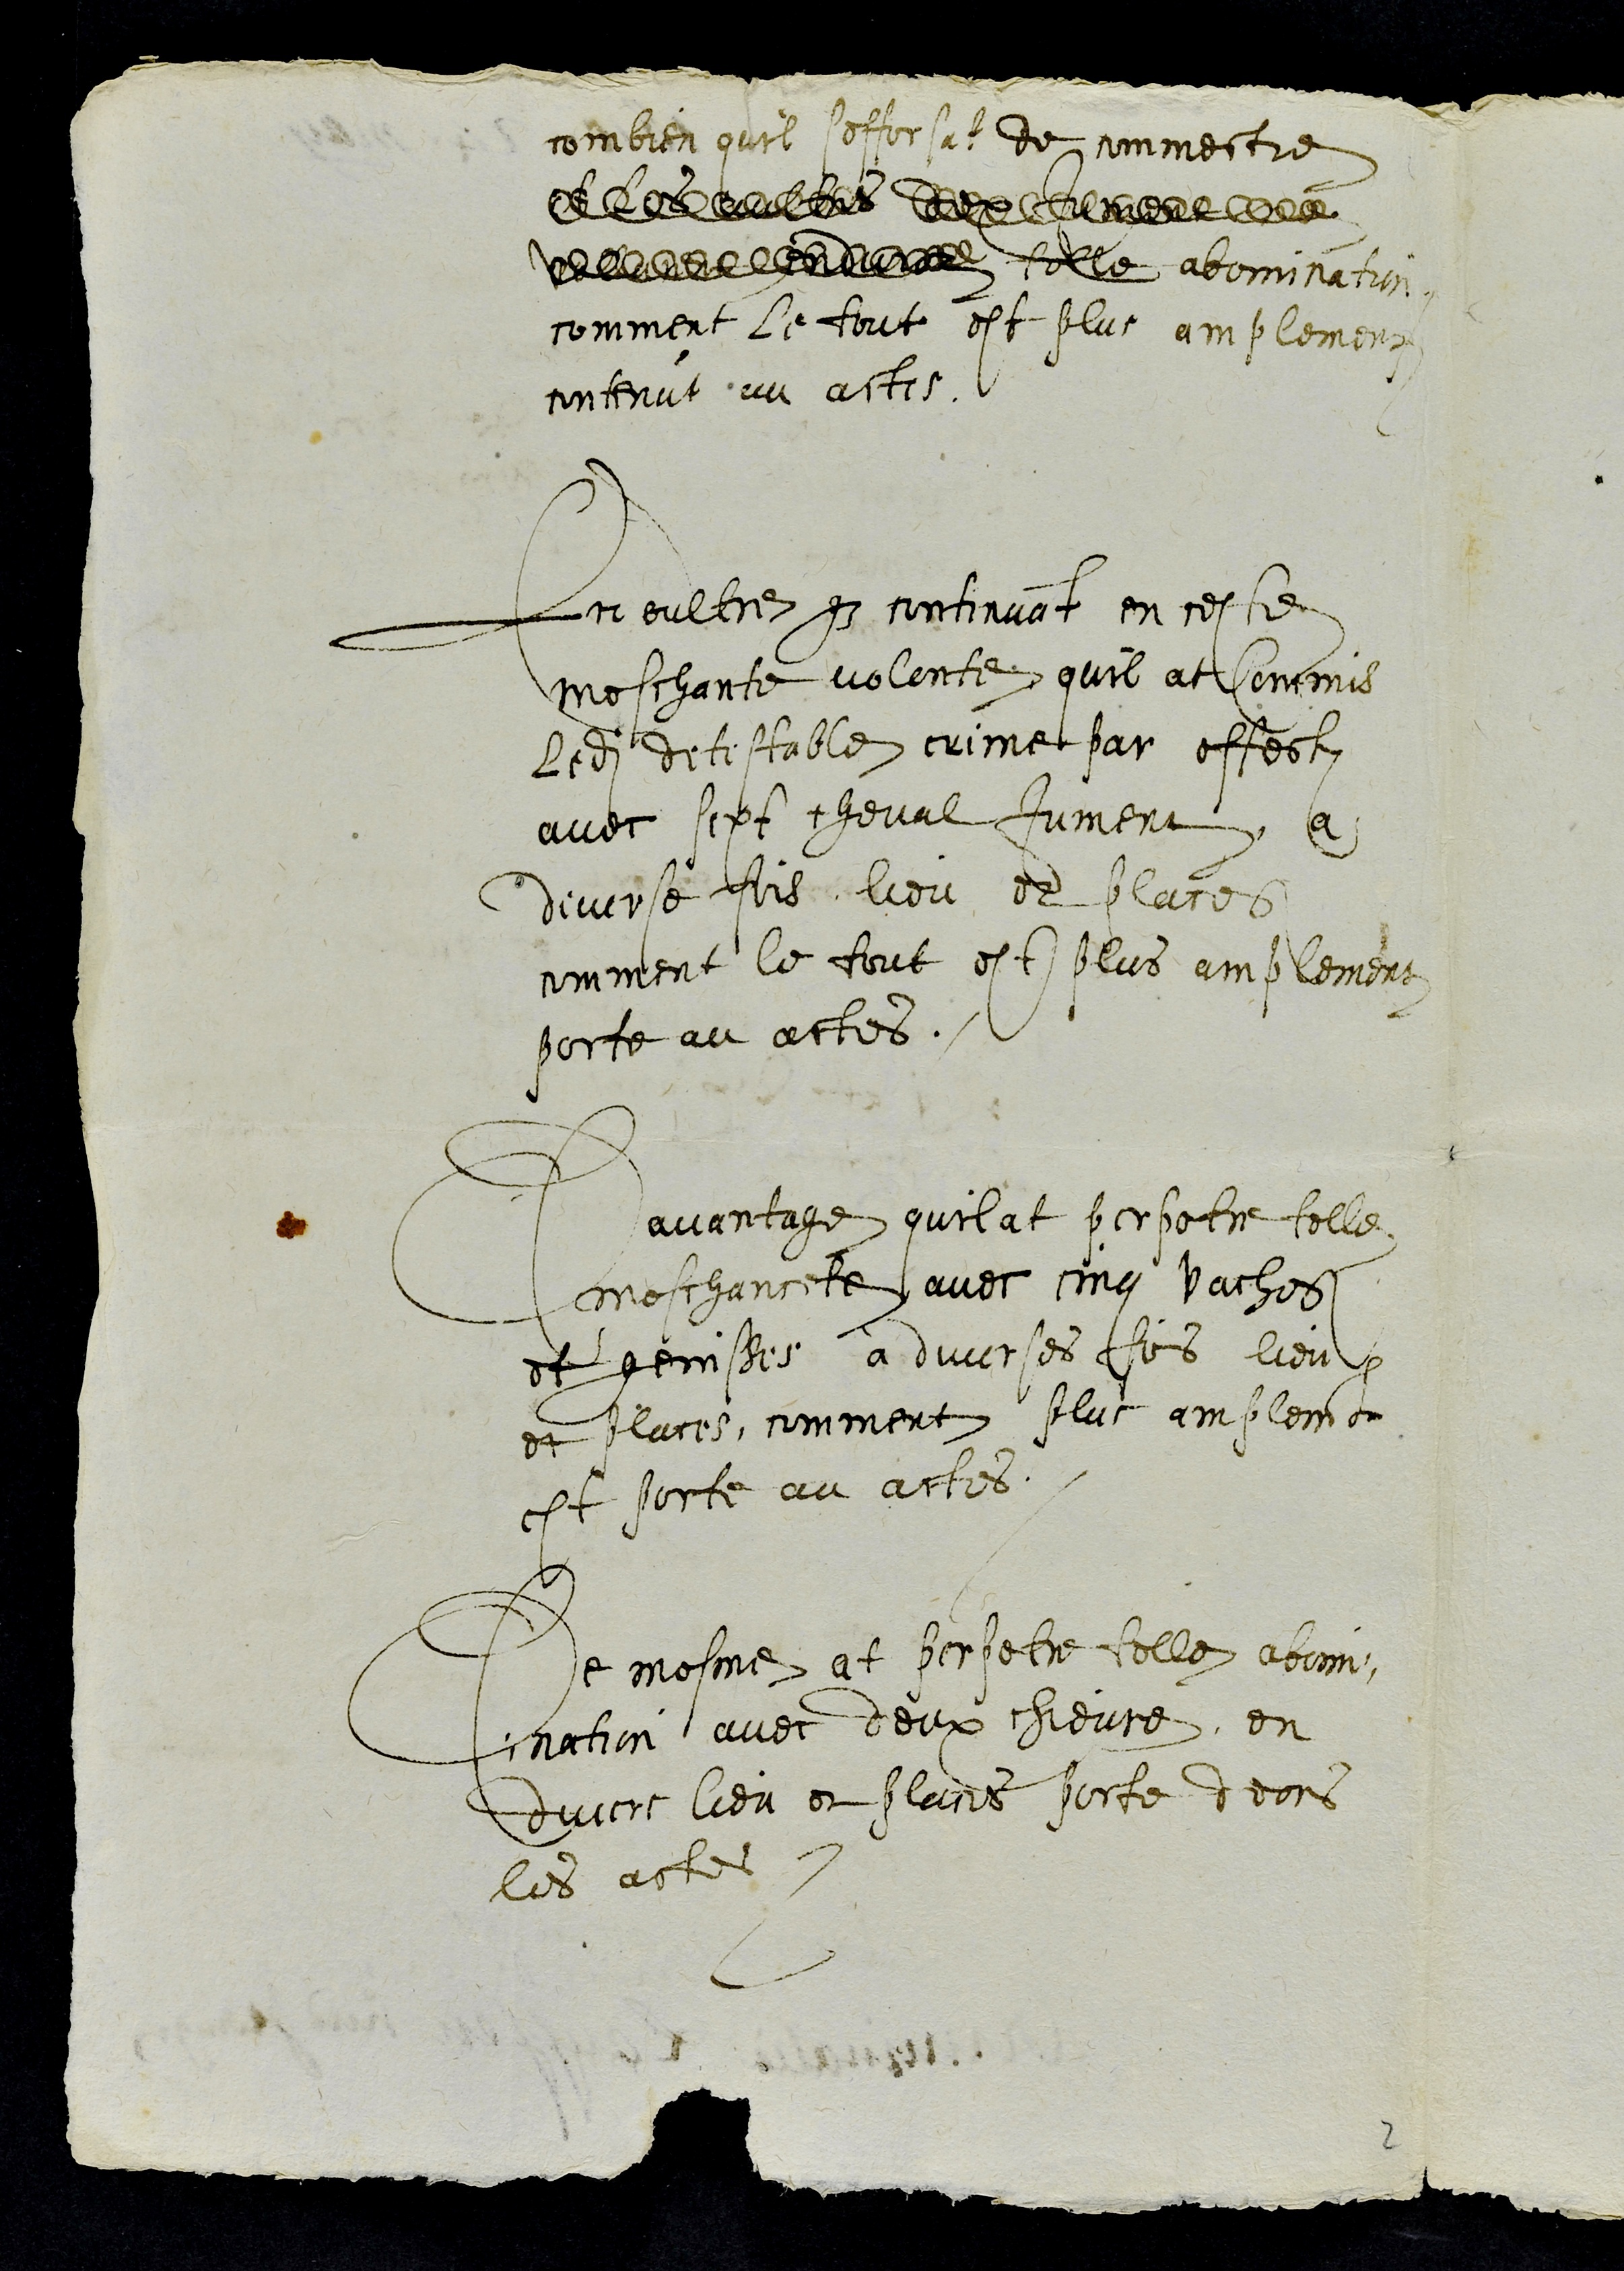
combien quil sefforsat de commectre
de le serement
delle a telle abomination
comment le tout est plus amplement
contenut au actes.
En oultre que continuant en ceste
meschante volonte quil at Commis
ledit detestable crime par effectz
avec sept cheval Jument a
diverse fois lieu et places
comment le tout est plus amplement
porte au actes.
Davantage quil at perpetre telle
meschancete avec cinq vaches
et genisses à diverses fois lieu
et places, comment plus amplement
est porte au actes.
De mesme at perpetre telle abomi¬
nation avec deux chevre, en
divers lieu et places porte deans
les actes
2